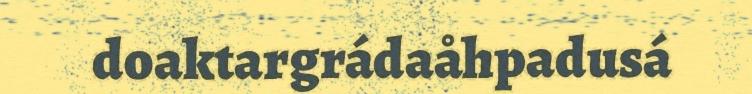
doaktargrádaåhpadusá